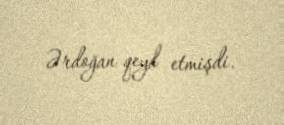
Ərdoğan qeyd etmişdi.